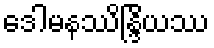
ဒေါမနဿိန္ဒြိယဿ